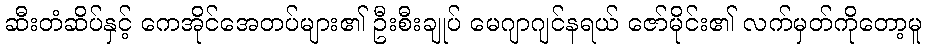
ဆီးတံဆိပ်နှင့် ကေအိုင်အေတပ်များ၏ ဦးစီးချုပ် မေဂျာဂျင်နရယ် ဇော်မိုင်း၏ လက်မှတ်ကိုတော့မူ